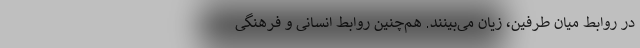
در روابط میان طرفین، زیان می‌بینند. هم‌چنین روابط انسانی و فرهنگی